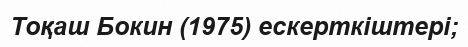
Тоқаш Бокин (1975) ескерткіштері;